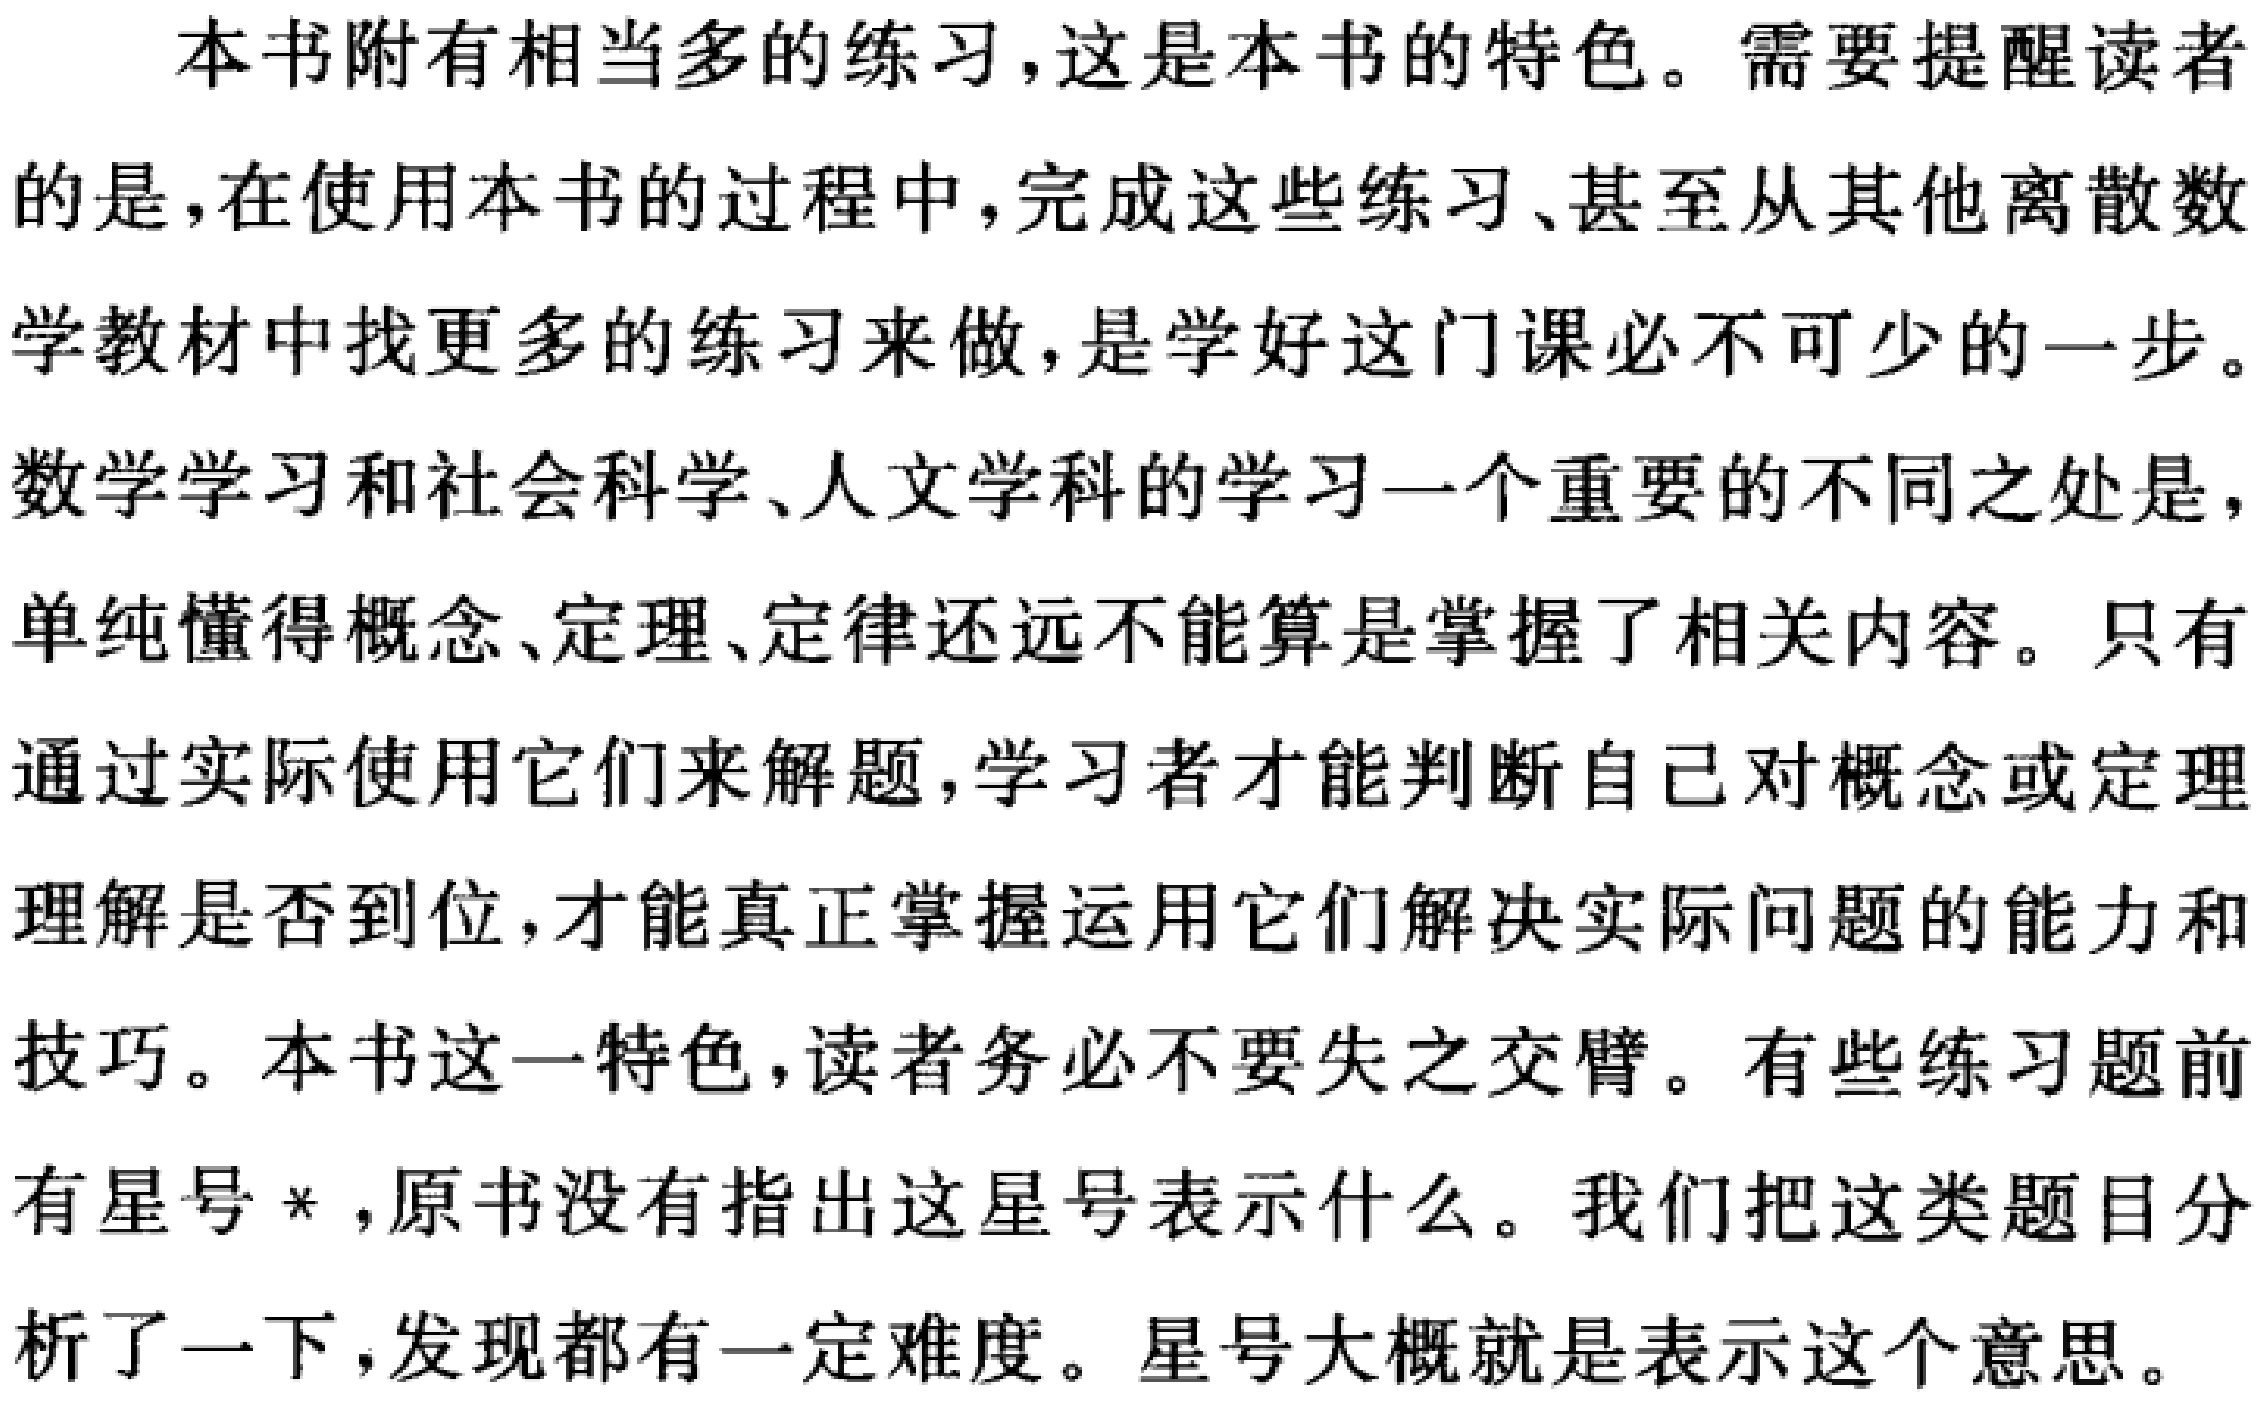
本书附有相当多的练习，这是本书的特色。需要提醒读者的是，在使用本书的过程中，完成这些练习、甚至从其他离散数学教材中找更多的练习来做，是学好这门课必不可少的一步。数学学习和社会科学、人文学科的学习一个重要的不同之处是，单纯懂得概念、定理、定律还远不能算是掌握了相关内容。只有通过实际使用它们来解题，学习者才能判断自己对概念或定理理解是否到位，才能真正掌握运用它们解决实际问题的能力和技巧。本书这一特色，读者务必不要失之交臂。有些练习题前有星号*，原书没有指出这星号表示什么。我们把这类题目分析了一下，发现都有一定难度。星号大概就是表示这个意思。